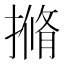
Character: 𭢎